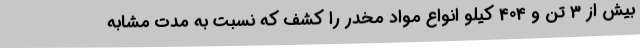
بیش از 3 تن و 404 کیلو انواع مواد مخدر را کشف که نسبت به مدت مشابه